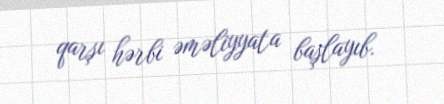
qarşı hərbi əməliyyata başlayıb.